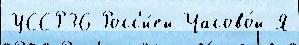
УССР36 Росс'и́ей Часово́й Я